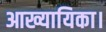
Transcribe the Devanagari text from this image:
आख्यायिका।